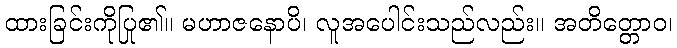
ထားခြင်းကိုပြု၏။ မဟာဇနောပိ၊ လူအပေါင်းသည်လည်း။ အတိတ္တောဝ၊